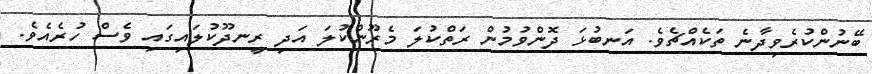
ބޭނުންކުރެވިދާނެ ތަކެއްޗެވެ. އަނބުޅަ ދޮންވުމުން ރަތްކުލަ މެރޫންކުލަ އަދި ރީނދޫކުލައިގައި ވެސް ހުރެއެވެ.